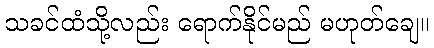
သခင်ထံသို့လည်း ရောက်နိုင်မည် မဟုတ်ချေ။